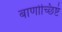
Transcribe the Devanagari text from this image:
बाणोच्छिष्टं